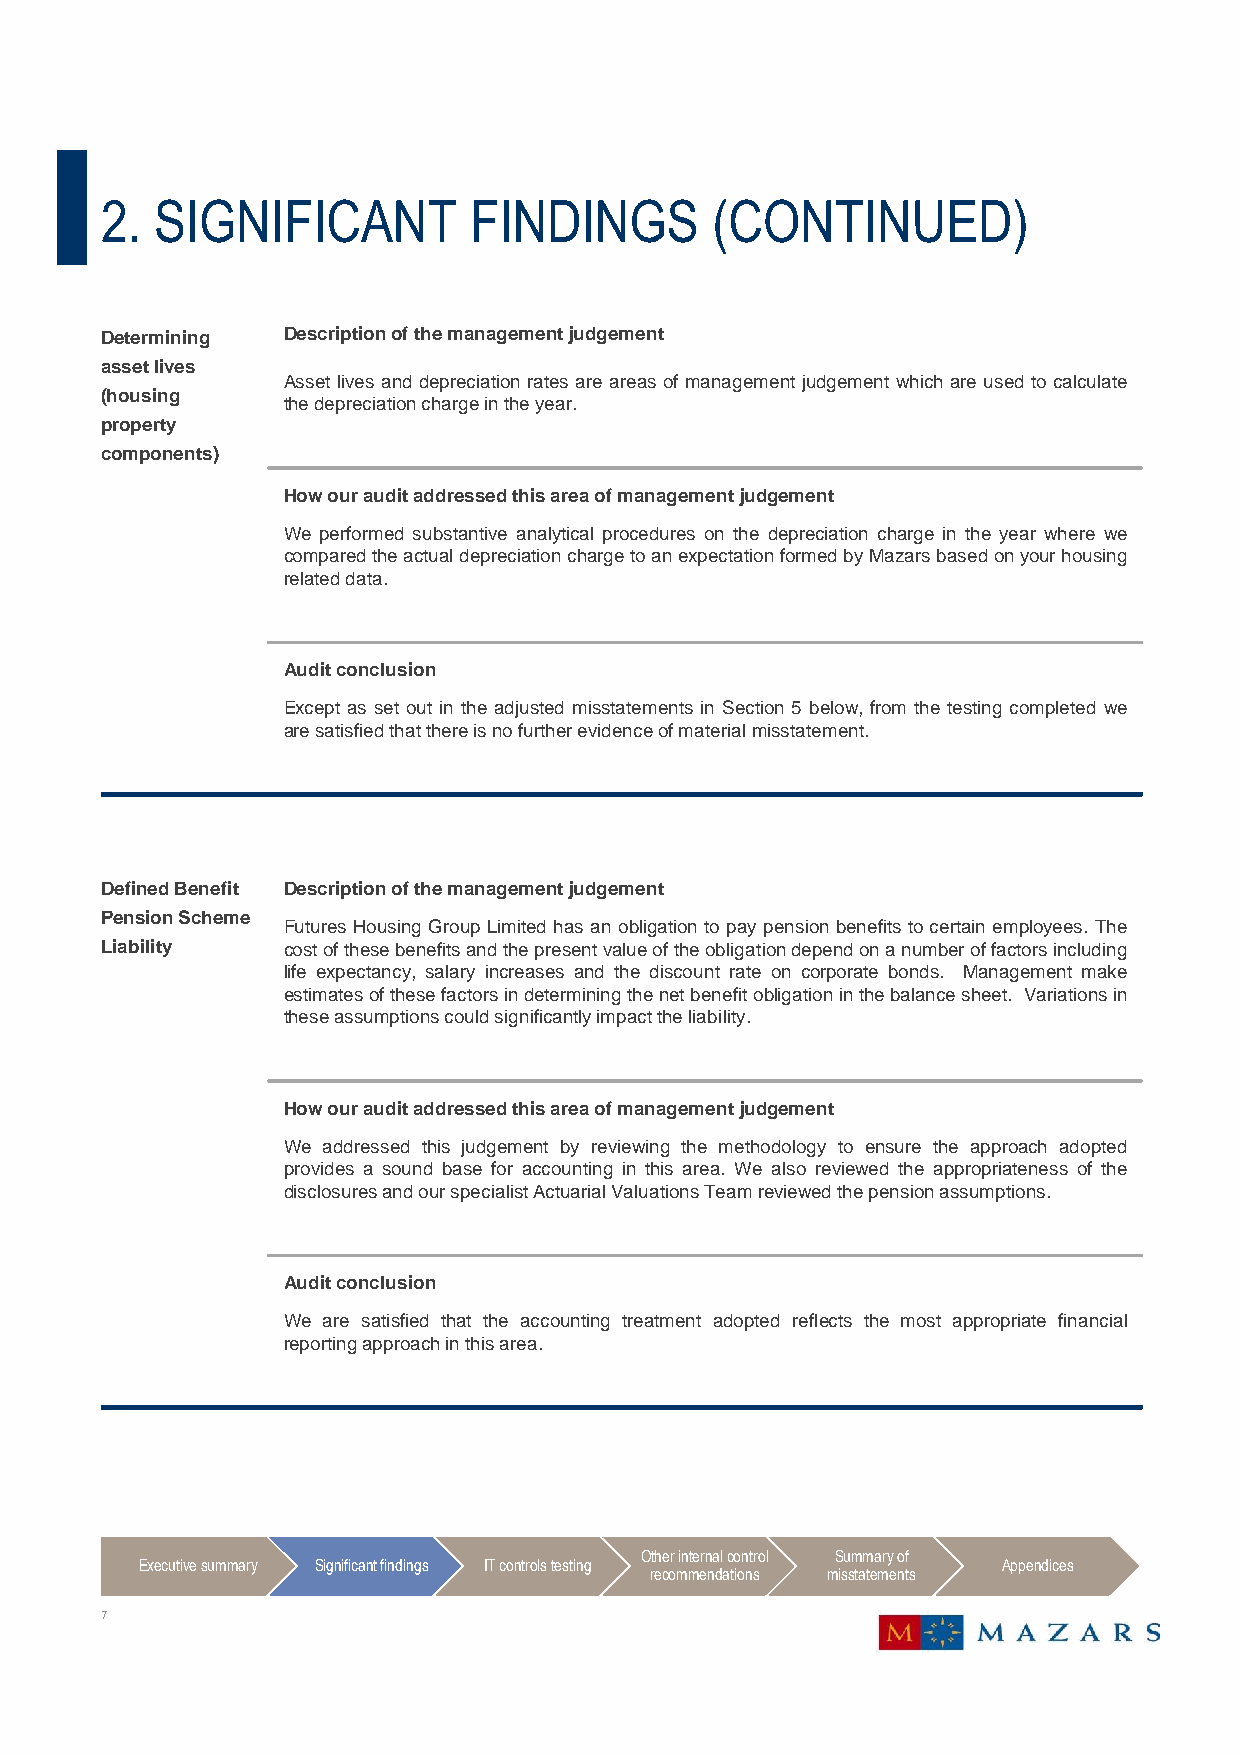
2. SIGNIFICANT          FINDINGS        (CONTINUED)
 Determining Descriptionofthemanagementjudgement
 asset lives
 Asset lives and depreciation rates are areas of management judgement which are used to calculate
 (housing
 thedepreciationchargeintheyear.
 property
 components)
 How our audit addressed this area of management judgement
 We performed substantive analytical procedures on the depreciation charge in the year where we
 comparedtheactualdepreciationchargetoanexpectationformedbyMazarsbasedonyourhousing
 relateddata.
 Audit conclusion
 Except as set out in the adjusted misstatements in Section 5 below, from the testing completed we
 aresatisfiedthatthereisnofurtherevidenceofmaterialmisstatement.
 Defined Benefit Description of the management judgement
 Pension Scheme
 Futures Housing Group Limited has an obligation to pay pension benefits to certain employees. The
 Liability   costofthesebenefitsandthepresentvalueoftheobligationdependonanumberoffactorsincluding
 life expectancy, salary increases and the discount rate on corporate bonds. Management make
 estimatesofthesefactorsindeterminingthenetbenefitobligationinthebalancesheet. Variationsin
 theseassumptionscouldsignificantlyimpacttheliability.
 How our audit addressed this area of management judgement
 We addressed this judgement by reviewing the methodology to ensure the approach adopted
 provides a sound base for accounting in this area. We also reviewed the appropriateness of the
 disclosuresandourspecialistActuarialValuationsTeamreviewedthepensionassumptions.
 Audit conclusion
 We are satisfied that the accounting treatment adopted reflects the most appropriate financial
 reportingapproachinthisarea.
 Other internal control Summary of
 Executive summary Significant findings IT controls testing Appendices
 recommendations misstatements
 7